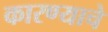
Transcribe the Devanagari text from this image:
कारण्याचे